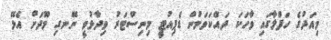
މިއަދުގެ ހަފްލާގައި ވާހަކަ ދައްކަވަމުން ޑެޕިއުޓީ މިނިސްޓަރު ވިދާޅުވީ ނޭނގި މޫދަށް އެޅޭ